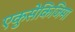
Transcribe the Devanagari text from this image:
एकुसेकिजिमा